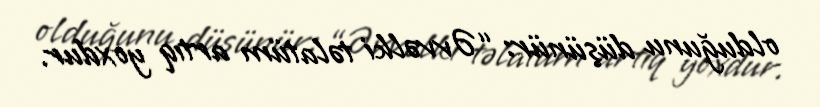
olduğunu düşünür: “Əvvəlki təlatüm artıq yoxdur.